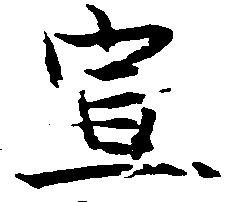
宣